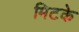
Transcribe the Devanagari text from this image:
मिटके